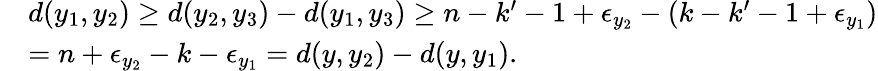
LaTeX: \begin{array}{rl}&{d(y_{1},y_{2})\geq d(y_{2},y_{3})-d(y_{1},y_{3})\geq n-k^{\prime}-1+\epsilon_{y_{2}}-(k-k^{\prime}-1+\epsilon_{y_{1}})}\\ &{=n+\epsilon_{y_{2}}-k-\epsilon_{y_{1}}=d(y,y_{2})-d(y,y_{1}).}\end{array}